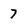
Character: 7